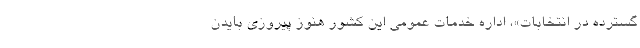
گسترده در انتخابات»، اداره خدمات عمومی این کشور هنوز پیروزی بایدن